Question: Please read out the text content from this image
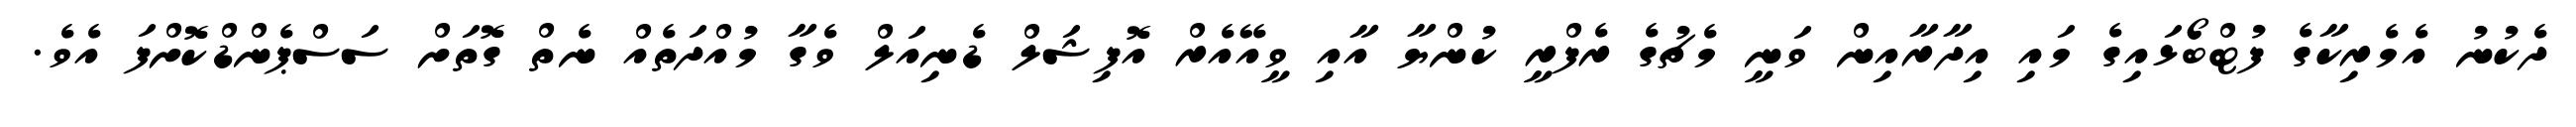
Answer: ދެކުނު އެމެރިކާގެ ފުޓްބޯޅައިގެ މައި އިދާރާއިން ވަނީ މެޗުގެ ރެފްރީ ކުންޔާ އާއި ވީއޭއެރް އޮފިޝަލް ޑެނިއަލް ވެގާ މުއްދަތެއް ނެތް ގޮތަށް ސަސްޕެންޑްކޮށްފަ އެވެ.